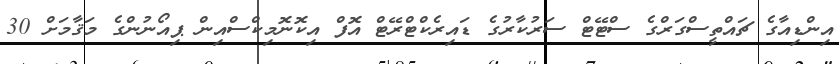
އިންޑިއާގެ ޗައްތީސްގަރްގެ ސްޓޭޓް ސަރުކާރުގެ ޑައިރެކްޓްރޭޓް އޮފް އިކޮނޮމިކްސްއިން ޕިއޯނުންގެ މަޤާމަށް 30